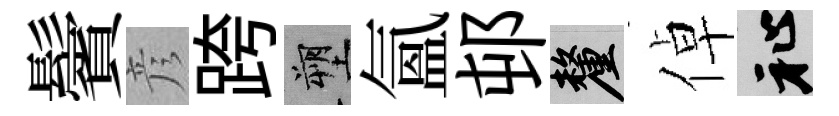
鬢彦跨塑氳邨厘倬祉